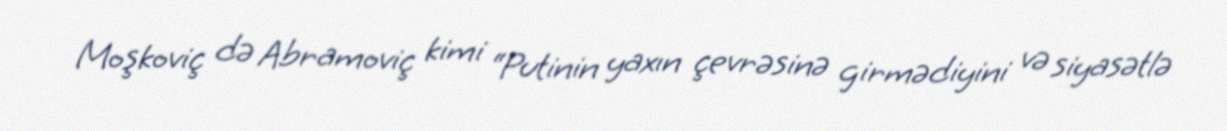
Moşkoviç də Abramoviç kimi “Putinin yaxın çevrəsinə girmədiyini və siyasətlə